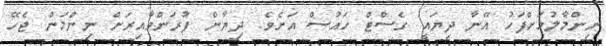
ނިންމާލުމަށްފަހު އޭނާ ދިޔައީ ގެސްޓް ހައުސް އަށެވެ. ދިޔާން ފުރަންވާއިރަށް ނިންމަން ޖެހޭ